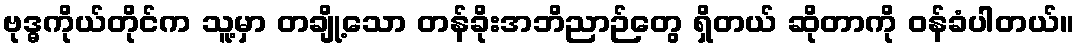
ဗုဒ္ဓကိုယ်တိုင်က သူ့မှာ တချို့သော တန်ခိုးအဘိညာဉ်တွေ ရှိတယ် ဆိုတာကို ဝန်ခံပါတယ်။